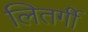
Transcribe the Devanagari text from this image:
लितर्गी